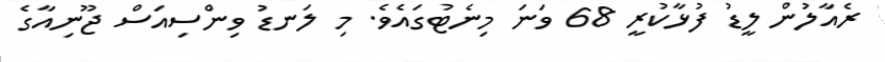
ރެއާލުން ލީޑު ފުޅާކުރީ 68 ވަނަ މިނެޓުގައެވެ. މި ލަނޑު ވިންސިއަސް ޖޫނިއާގެ